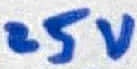
Text: 25V